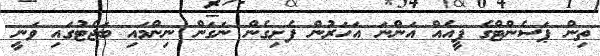
ތިން ޕަސެންޓްގެ ފީއެއް އަންނަ އަހަރުން ފެށިގެން ނަގަން ނިންމައި ބަޖެޓުގައި ވަނީ